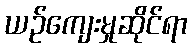
ယဉ်ကျေးမှုဆိုင်ရာ